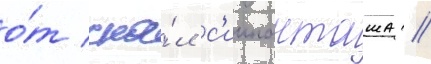
о́т ска́л с'иипанташа //